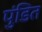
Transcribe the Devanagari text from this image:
पुंडित